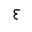
Letter: _ayn